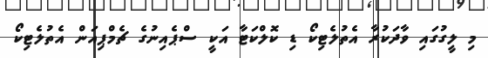
މި ލީގުގައި ވާދަކުރާ އެތުލެޓިކޯ ޑި ކޮލްކަޓާ އަކީ ސްޕެއިނުގެ ޗެމްޕިއަން އެތުލެޓިކޯ